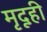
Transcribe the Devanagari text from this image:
मृदूही